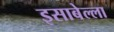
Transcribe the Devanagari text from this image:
इसाबेल्ला